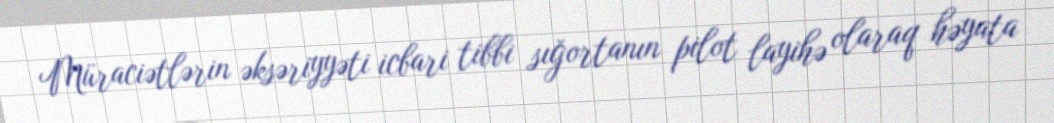
Müraciətlərin əksəriyyəti icbari tibbi sığortanın pilot layihə olaraq həyata